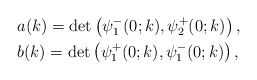
\begin{align*}&a(k) =\det \left(\psi^-_1(0;k), \psi^+_2(0;k)\right), \\&b(k) =\det\left(\psi_1^+(0;k), \psi_1^-(0; k)\right),\end{align*}